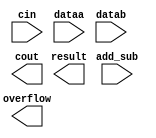
// megafunction wizard: %LPM_ADD_SUB%VBB%
// GENERATION: STANDARD
// VERSION: WM1.0
// MODULE: LPM_ADD_SUB 

// ============================================================
// Megafunction Name(s):
// 			LPM_ADD_SUB
//
// Simulation Library Files(s):
// 			lpm
// ============================================================
// ************************************************************
// THIS IS A WIZARD-GENERATED FILE. DO NOT EDIT THIS FILE!
//
// 19.1.0 Build 670 09/22/2019 SJ Lite Edition
// ************************************************************

//Copyright (C) 2019  Intel Corporation. All rights reserved.
//Your use of Intel Corporation's design tools, logic functions 
//and other software and tools, and any partner logic 
//functions, and any output files from any of the foregoing 
//(including device programming or simulation files), and any 
//associated documentation or information are expressly subject 
//to the terms and conditions of the Intel Program License 
//Subscription Agreement, the Intel Quartus Prime License Agreement,
//the Intel FPGA IP License Agreement, or other applicable license
//agreement, including, without limitation, that your use is for
//the sole purpose of programming logic devices manufactured by
//Intel and sold by Intel or its authorized distributors.  Please
//refer to the applicable agreement for further details, at
//https://fpgasoftware.intel.com/eula.

module ADDSUB_b (
	add_sub,
	cin,
	dataa,
	datab,
	cout,
	overflow,
	result);

	input	  add_sub;
	input	  cin;
	input	[15:0]  dataa;
	input	[15:0]  datab;
	output	  cout;
	output	  overflow;
	output	[15:0]  result;

endmodule

// ============================================================
// CNX file retrieval info
// ============================================================
// Retrieval info: PRIVATE: CarryIn NUMERIC "1"
// Retrieval info: PRIVATE: CarryOut NUMERIC "1"
// Retrieval info: PRIVATE: ConstantA NUMERIC "0"
// Retrieval info: PRIVATE: ConstantB NUMERIC "0"
// Retrieval info: PRIVATE: Function NUMERIC "2"
// Retrieval info: PRIVATE: INTENDED_DEVICE_FAMILY STRING "Cyclone IV E"
// Retrieval info: PRIVATE: LPM_PIPELINE NUMERIC "0"
// Retrieval info: PRIVATE: Latency NUMERIC "0"
// Retrieval info: PRIVATE: Overflow NUMERIC "1"
// Retrieval info: PRIVATE: RadixA NUMERIC "10"
// Retrieval info: PRIVATE: RadixB NUMERIC "10"
// Retrieval info: PRIVATE: Representation NUMERIC "0"
// Retrieval info: PRIVATE: SYNTH_WRAPPER_GEN_POSTFIX STRING "0"
// Retrieval info: PRIVATE: ValidCtA NUMERIC "0"
// Retrieval info: PRIVATE: ValidCtB NUMERIC "0"
// Retrieval info: PRIVATE: WhichConstant NUMERIC "0"
// Retrieval info: PRIVATE: aclr NUMERIC "0"
// Retrieval info: PRIVATE: clken NUMERIC "0"
// Retrieval info: PRIVATE: nBit NUMERIC "16"
// Retrieval info: PRIVATE: new_diagram STRING "1"
// Retrieval info: LIBRARY: lpm lpm.lpm_components.all
// Retrieval info: CONSTANT: LPM_DIRECTION STRING "UNUSED"
// Retrieval info: CONSTANT: LPM_HINT STRING "ONE_INPUT_IS_CONSTANT=NO,CIN_USED=YES"
// Retrieval info: CONSTANT: LPM_REPRESENTATION STRING "SIGNED"
// Retrieval info: CONSTANT: LPM_TYPE STRING "LPM_ADD_SUB"
// Retrieval info: CONSTANT: LPM_WIDTH NUMERIC "16"
// Retrieval info: USED_PORT: add_sub 0 0 0 0 INPUT NODEFVAL "add_sub"
// Retrieval info: USED_PORT: cin 0 0 0 0 INPUT NODEFVAL "cin"
// Retrieval info: USED_PORT: cout 0 0 0 0 OUTPUT NODEFVAL "cout"
// Retrieval info: USED_PORT: dataa 0 0 16 0 INPUT NODEFVAL "dataa[15..0]"
// Retrieval info: USED_PORT: datab 0 0 16 0 INPUT NODEFVAL "datab[15..0]"
// Retrieval info: USED_PORT: overflow 0 0 0 0 OUTPUT NODEFVAL "overflow"
// Retrieval info: USED_PORT: result 0 0 16 0 OUTPUT NODEFVAL "result[15..0]"
// Retrieval info: CONNECT: @add_sub 0 0 0 0 add_sub 0 0 0 0
// Retrieval info: CONNECT: @cin 0 0 0 0 cin 0 0 0 0
// Retrieval info: CONNECT: @dataa 0 0 16 0 dataa 0 0 16 0
// Retrieval info: CONNECT: @datab 0 0 16 0 datab 0 0 16 0
// Retrieval info: CONNECT: cout 0 0 0 0 @cout 0 0 0 0
// Retrieval info: CONNECT: overflow 0 0 0 0 @overflow 0 0 0 0
// Retrieval info: CONNECT: result 0 0 16 0 @result 0 0 16 0
// Retrieval info: GEN_FILE: TYPE_NORMAL ADDSUB_b.v TRUE
// Retrieval info: GEN_FILE: TYPE_NORMAL ADDSUB_b.inc FALSE
// Retrieval info: GEN_FILE: TYPE_NORMAL ADDSUB_b.cmp FALSE
// Retrieval info: GEN_FILE: TYPE_NORMAL ADDSUB_b.bsf TRUE
// Retrieval info: GEN_FILE: TYPE_NORMAL ADDSUB_b_inst.v FALSE
// Retrieval info: GEN_FILE: TYPE_NORMAL ADDSUB_b_bb.v TRUE
// Retrieval info: LIB_FILE: lpm